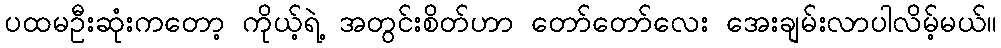
ပထမဦးဆုံးကတော့ ကိုယ့်ရဲ့ အတွင်းစိတ်ဟာ တော်တော်လေး အေးချမ်းလာပါလိမ့်မယ်။